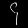
Digit: ၄